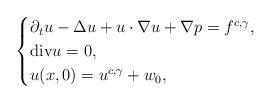
LaTeX: \begin{align*}\begin{cases}\partial_{t}u-\Delta u+u\cdot\nabla u+\nabla p=f^{c,\gamma},\\\mathrm{div}u=0,\\u(x,0)=u^{c,\gamma}+w_{0},\end{cases}\end{align*}